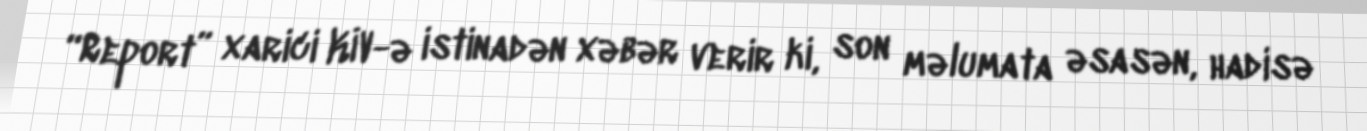
“Report” xarici KİV-ə istinadən xəbər verir ki, son məlumata əsasən, hadisə